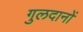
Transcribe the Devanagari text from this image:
गुलदानों